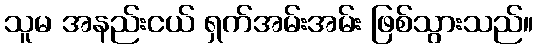
သူမ အနည်းငယ် ရှက်အမ်းအမ်း ဖြစ်သွားသည်။